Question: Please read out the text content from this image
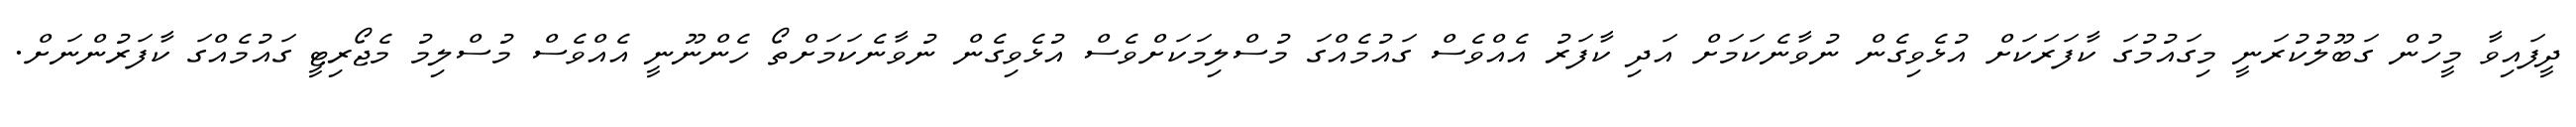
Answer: ދީފައިވާ މީހުން ގަބޫލުކުރަނީ މިގައުމުގަ ކާފަރަކަށް އުޅެވިގެން ނުވާނެކަމަށް އަދި ކާފަރު އެއްވެސް ގައުމެއްގަ މުސްލިމަކަށްވެސް އުޅެވިގެން ނުވާނެކަމަށްތޯ ހެންނޫނީ އެއްވެސް މުސްލިމު މެޖޯރިޓީ ގައުމެއްގަ ކާފަރުންނަށް.